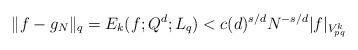
LaTeX: \begin{align*} \|f-g_N\|_q=E_k(f;Q^d;L_q)< c(d)^{s/d} N^{-s/d}|f|_{V_{pq}^k}\end{align*}